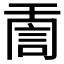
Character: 𧦸